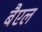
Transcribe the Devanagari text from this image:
बैएल